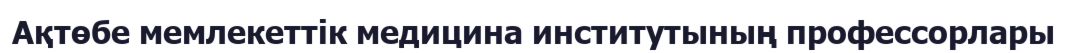
Ақтөбе мемлекеттік медицина институтының профессорлары